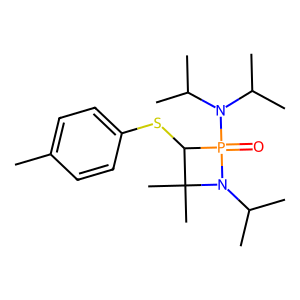
SMILES: Cc1ccc(SC2C(C)(C)N(C(C)C)P2(=O)N(C(C)C)C(C)C)cc1
Inhibits HIV replication: No